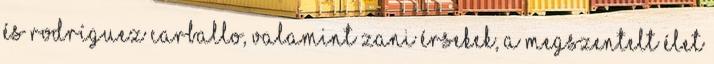
és Rodríguez Carballo, valamint Zani érsekek, a Megszentelt Élet